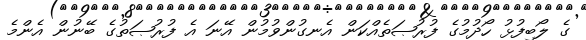
ގެ ލޯބިފުޅު ހޯދުމުގެ ފުރުޞަތެއްކަން އެނގުންވުމުން އޭނަ އެ ފުރުޞަތުގެ ބޭނުން އެންމެ